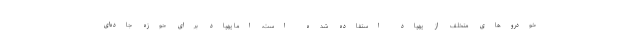
خودروهای متخلف از پهپاد استفاده شده است، اما پهپاد برای حوزه جاده‌ای